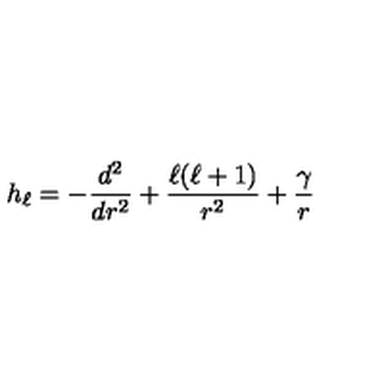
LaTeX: h _ { \ell } = - \frac { d ^ { 2 } } { d r ^ { 2 } } + \frac { \ell ( \ell + 1 ) } { r ^ { 2 } } + \frac { \gamma } { r }